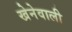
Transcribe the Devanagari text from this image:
खेनेवाली